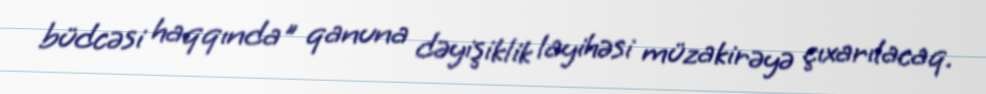
büdcəsi haqqında" qanuna dəyişiklik layihəsi müzakirəyə çıxarılacaq.